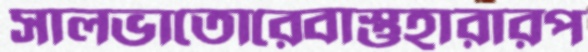
সালভাতোরেবাস্তুহারারপ